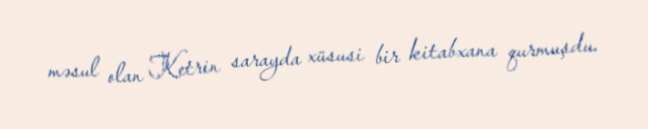
məsul olan Ketrin sarayda xüsusi bir kitabxana qurmuşdu.